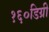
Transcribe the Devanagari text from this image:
१६०डिग्री